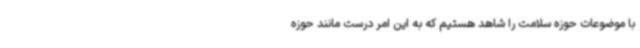
با موضوعات حوزه سلامت را شاهد هستیم که به این امر درست مانند حوزه